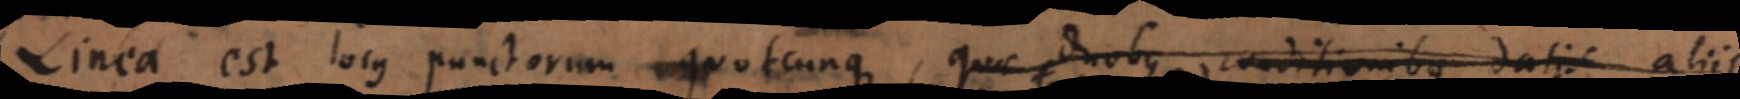
Linea est locus punctorum quotcunque, quae duobus conditionibus datis aliis